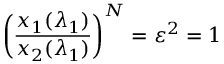
\left( \frac { x _ { 1 } ( \lambda _ { 1 } ) } { x _ { 2 } ( \lambda _ { 1 } ) } \right) ^ { N } = \varepsilon ^ { 2 } = 1